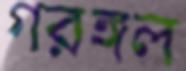
গরঙ্গল